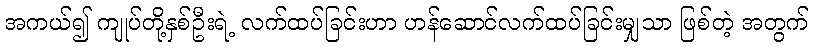
အကယ်၍ ကျုပ်တို့နှစ်ဦးရဲ့ လက်ထပ်ခြင်းဟာ ဟန်ဆောင်လက်ထပ်ခြင်းမျှသာ ဖြစ်တဲ့ အတွက်